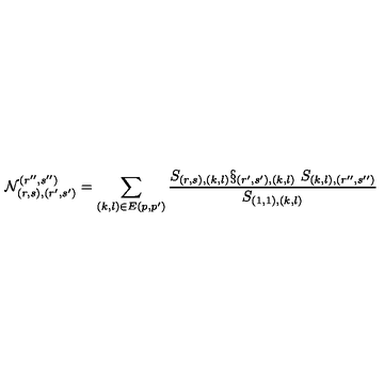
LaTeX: \mathcal { N } _ { ( r , s ) , ( r ^ { \prime } , s ^ { \prime } ) } ^ { ( r ^ { \prime \prime } , s ^ { \prime \prime } ) } \medskip = \sum _ { ( k , l ) \in E ( p , p ^ { \prime } ) } \frac { S _ { ( r , s ) , ( k , l ) } \S _ { ( r ^ { \prime } , s ^ { \prime } ) , ( k , l ) } \ S _ { ( k , l ) , ( r ^ { \prime \prime } , s ^ { \prime \prime } ) } } { S _ { ( 1 , 1 ) , ( k , l ) } }